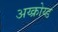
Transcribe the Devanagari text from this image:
अय्क्रोय्ड